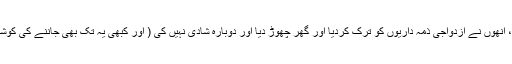
نریندر مودی کی نوعمری میں ہی شادی ہوگئی لیکن جلد ہی، انھوں نے ازدواجی ذمہ داریوں کو ترک کردیا اور گھر چھوڑ دیا اور دوبارہ شادی نہیں کی ( اور کبھی یہ تک بھی جاننے کی کوشیش نہیں کی کہ ان کی بیوی کہاں ہے اور کیا کر رہی ہے)۔